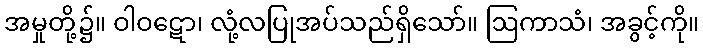
အမှုတို့၌။ ဝါဝဋော၊ လုံ့လပြုအပ်သည်ရှိသော်။ ဩကာသံ၊ အခွင့်ကို။